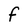
Character: f